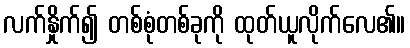
လက်နှိုက်၍ တစ်စုံတစ်ခုကို ထုတ်ယူလိုက်လေ၏။